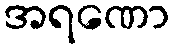
အရဏော